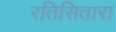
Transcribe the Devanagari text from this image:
रतिसितारा